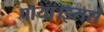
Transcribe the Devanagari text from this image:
पाया।इससे